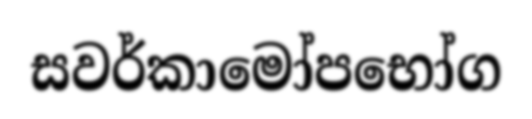
සවර්කාමෝපභෝග